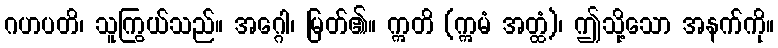
ဂဟပတိ၊ သူကြွယ်သည်။ အဂ္ဂေါ၊ မြတ်၏။ ဣတိ (ဣမံ အတ္ထံ)၊ ဤသို့သော အနက်ကို။